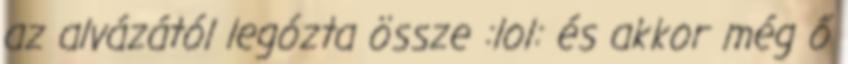
az alvázától legózta össze :lol: és akkor még ő